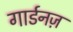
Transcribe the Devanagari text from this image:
गार्डनज़